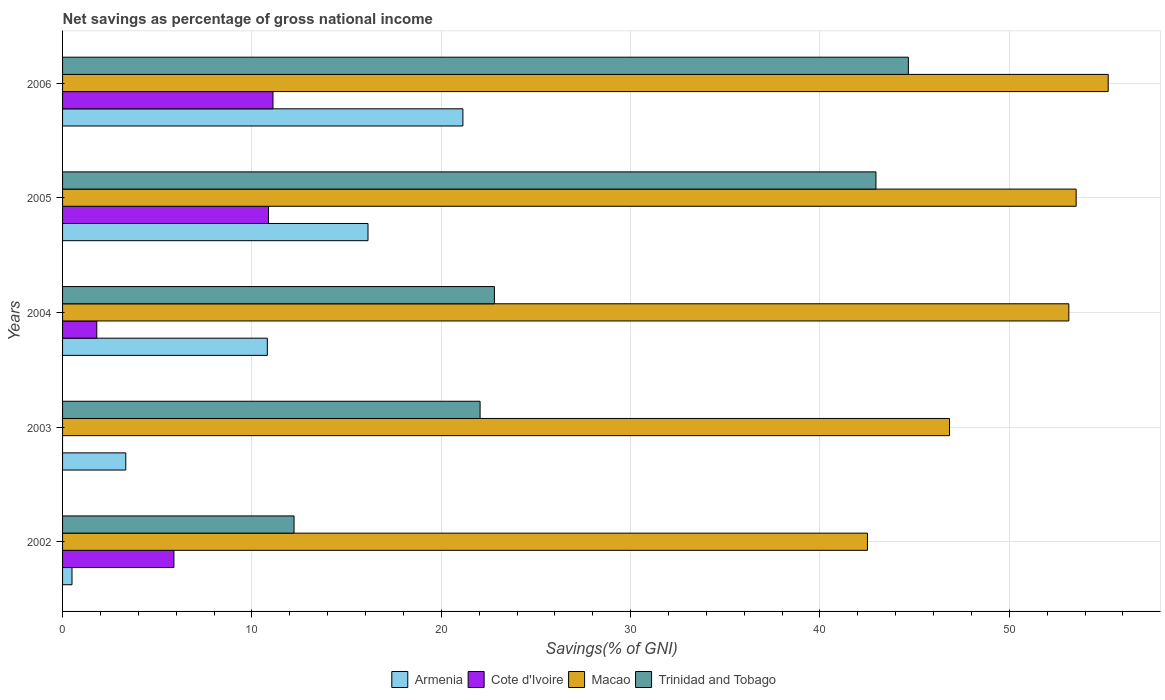
| Years | Armenia | Cote d'Ivoire | Macao | Trinidad and Tobago |
 | --- | --- | --- | --- | --- |
 | 2002 | 0.498 | 5.88 | 42.5 | 12.2 |
 | 2003 | 3.34 | -4.35 | 46.8 | 22 |
 | 2004 | 10.8 | 1.81 | 53.1 | 22.8 |
 | 2005 | 16.1 | 10.9 | 53.5 | 43 |
 | 2006 | 21.1 | 11.1 | 55.2 | 44.7 |